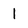
Character: 1